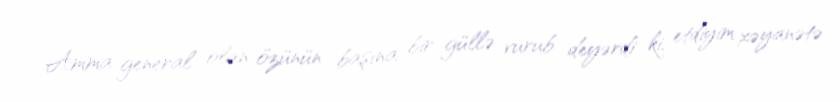
Amma general olan özünün başına bir güllə vurub deyərdi ki, etdiyim xəyanətə